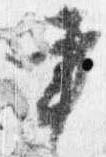
書